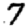
Digit: 7